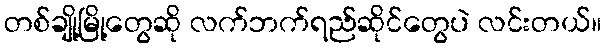
တစ်ချို့မြို့တွေဆို လက်ဘက်ရည်ဆိုင်တွေပဲ လင်းတယ်။